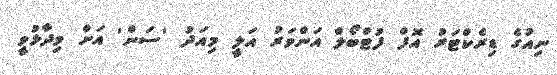
ނިއުގެ ޑިރެކްޓަރު އޮފް ފުޓްބޯލް އަންވަރު އަލީ މިއަދު 'ސަން' އަށް ވިދާޅުވީ